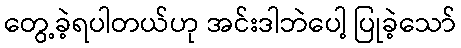
တွေ့ခဲ့ရပါတယ်ဟု အင်းဒါဘဲပေါ့ ပြုခဲ့သော်